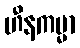
ဟီနကမ္မာ